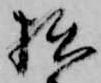
拙